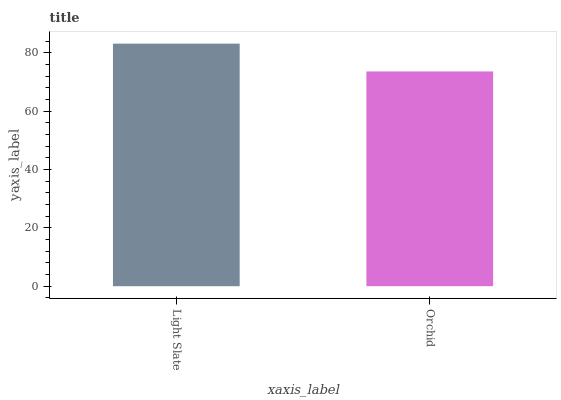
| xaxis_label | bars |
 | --- | --- |
 | Light Slate | 83.2 |
 | Orchid | 73.6 |